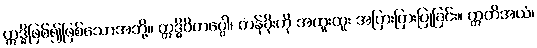
ဣဒ္ဓိဖြစ်၍ဖြစ်သောအဘို့။ ဣဒ္ဓိဝိကပ္ပေါ၊ တန်ခိုးကို အထူးထူး အပြားပြားပြုခြင်း။ ဣတိအယံ၊